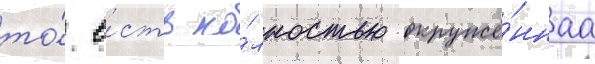
то́ е́сть по́лностью окружё́ннаа